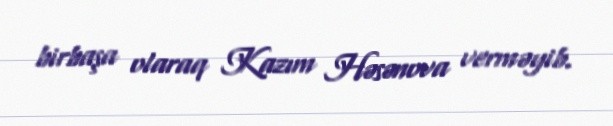
birbaşa olaraq Kazım Həsənova verməyib.